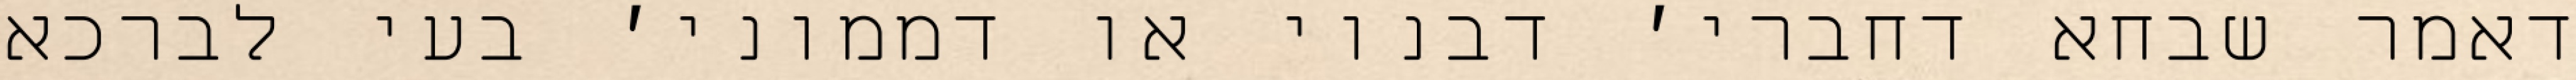
דאמר שבחא דחברי׳ דבנוי או דממוני׳ בעי לברכא